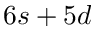
6 s + 5 d